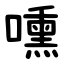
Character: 嚑